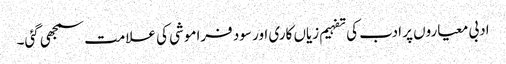
ادبی معیاروں پر ادب کی تفہیم زیاں کاری اور سود فراموشی کی علامت سمجھی گئی۔